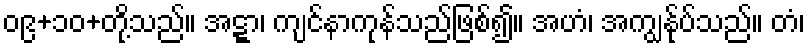
၀၉+၁၀+တို့သည်။ အဋ္ဋာ၊ ကျင်နာကုန်သည်ဖြစ်၍။ အဟံ၊ အကျွန်ုပ်သည်။ တံ၊